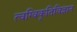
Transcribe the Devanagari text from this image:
त्वग्विकृतिविज्ञान